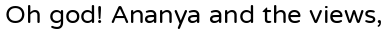
Oh god! Ananya and the views,